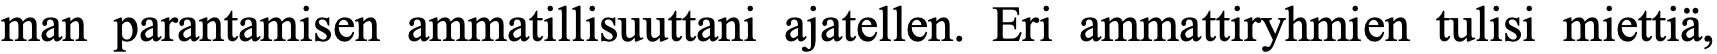
man parantamisen ammatillisuuttani ajatellen. Eri ammattiryhmien tulisi miettiä,